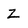
Character: Z